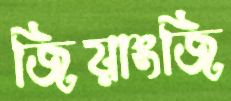
জিয়াংজি